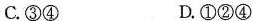
C.③④ D.①②④